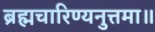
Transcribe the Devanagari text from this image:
ब्रह्मचारिण्यनुत्तमा॥